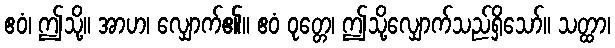
ဧဝံ၊ ဤသို့။ အာဟ၊ လျှောက်၏။ ဧဝံ ဝုတ္တေ၊ ဤသို့လျှောက်သည်ရှိသော်။ သတ္ထာ၊